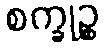
စက္ခုဉ္စ